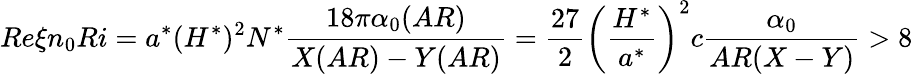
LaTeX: Re\xi n_{0}Ri=a^{*}(H^{*})^{2}N^{*}\frac{18\pi\alpha_{0}(AR)}{X(AR)-Y(AR)}=\frac{27}{2}\left(\frac{H^{*}}{a^{*}}\right)^{2}c\frac{\alpha_{0}}{AR(X-Y)}>8